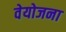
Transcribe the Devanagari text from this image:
वेयोजना